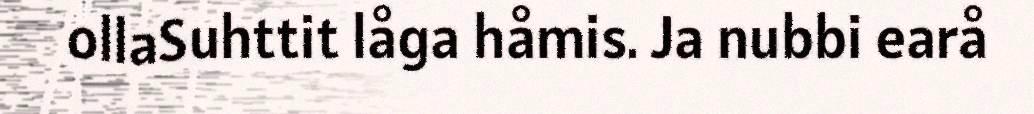
ollaSuhttit låga håmis. Ja nubbi earå